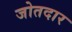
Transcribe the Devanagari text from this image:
जोतदार